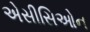
એસીસિઓન